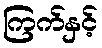
ကြက်နှင့်